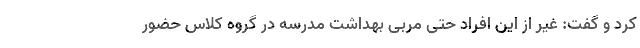
کرد و گفت: غیر از این افراد حتی مربی بهداشت مدرسه در گروه کلاس حضور